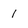
Character: 1